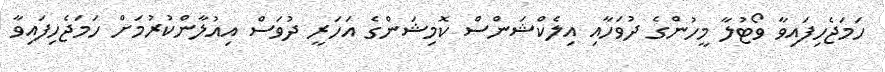
ހަމަޖެހިފައިވާ ވޯޓުލާ މީހުންގެ ދުވަހާއި އިލެކްޝަންސް ކޮމިޝަންގެ އަހަރީ ދުވަސް އިއުލާންކުރުމަށް ހަމަޖެހިފައިވާ